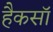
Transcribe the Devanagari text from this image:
हैकसॉ